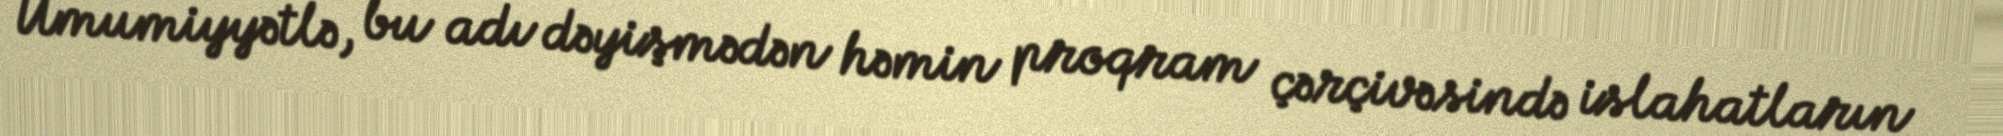
Ümumiyyətlə, bu adı dəyişmədən həmin proqram çərçivəsində islahatların